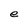
Character: e